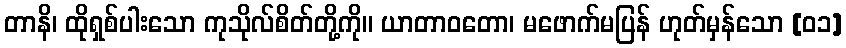
တာနိ၊ ထိုရှစ်ပါးသော ကုသိုလ်စိတ်တို့ကို။ ယာတာဝတော၊ မဖောက်မပြန် ဟုတ်မှန်သော [၀၁]